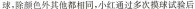
球，除颜色外其他都相同，小红通过多次摸球试验后